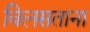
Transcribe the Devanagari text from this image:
विलसताना